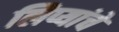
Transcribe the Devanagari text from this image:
लिप्यांचे